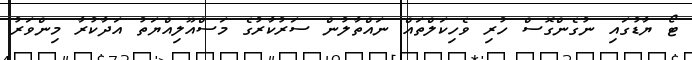
ޓޯ ޔާޑުގައި ނުގެންގޮސް ހުރި ވެހިކަލްތައް ނައްތާލުން ސަރުކާރުގެ މަސްއޫލިއްޔަތު އަދާކުރާ މިންވަރު